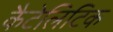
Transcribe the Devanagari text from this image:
कैटेलिटिक